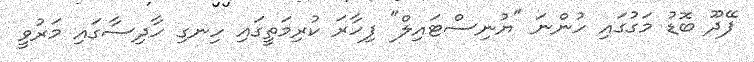
ފޭދޫ ބޮޑު މަގުގައި ހުންނަ "ޔުނިސްޓައިލް" ފިހާރަ ކުރިމަތީގައި ހިނގި ހާދިސާގައި މަރުވީ